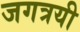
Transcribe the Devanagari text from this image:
जगत्रयी